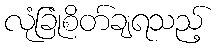
လုံခြုံစိတ်ချရသည့်